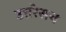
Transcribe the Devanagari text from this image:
उत्तरेसच